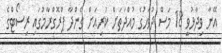
އޭނާ ވިދާޅުވީ 18 މަސް ދުވަހުގެ މުއްދަތަށް ކުރިއަށް ގެންދާ ޕްރޮގްރާމުގައި ރިސޯޓްގެ